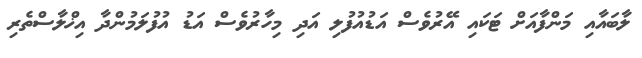
ލާބައާއި މަންފާއަށް ޓަކައި އޭރުވެސް އަޑުއުފުލި އަދި މިހާރުވެސް އަޑު އުފުލަމުންދާ އިޚްލާސްތެރި